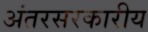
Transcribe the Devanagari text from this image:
अंतरसरकारीय